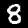
Label: 8